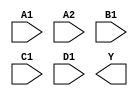
/**
 * Copyright 2020 The SkyWater PDK Authors
 *
 * Licensed under the Apache License, Version 2.0 (the "License");
 * you may not use this file except in compliance with the License.
 * You may obtain a copy of the License at
 *
 *     https://www.apache.org/licenses/LICENSE-2.0
 *
 * Unless required by applicable law or agreed to in writing, software
 * distributed under the License is distributed on an "AS IS" BASIS,
 * WITHOUT WARRANTIES OR CONDITIONS OF ANY KIND, either express or implied.
 * See the License for the specific language governing permissions and
 * limitations under the License.
 *
 * SPDX-License-Identifier: Apache-2.0
 */

`ifndef SKY130_FD_SC_LP__O2111AI_SYMBOL_V
`define SKY130_FD_SC_LP__O2111AI_SYMBOL_V

/**
 * o2111ai: 2-input OR into first input of 4-input NAND.
 *
 *          Y = !((A1 | A2) & B1 & C1 & D1)
 *
 * Verilog stub (without power pins) for graphical symbol definition
 * generation.
 *
 * WARNING: This file is autogenerated, do not modify directly!
 */

`timescale 1ns / 1ps
`default_nettype none

(* blackbox *)
module sky130_fd_sc_lp__o2111ai (
    //# {{data|Data Signals}}
    input  A1,
    input  A2,
    input  B1,
    input  C1,
    input  D1,
    output Y
);

    // Voltage supply signals
    supply1 VPWR;
    supply0 VGND;
    supply1 VPB ;
    supply0 VNB ;

endmodule

`default_nettype wire
`endif  // SKY130_FD_SC_LP__O2111AI_SYMBOL_V